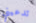
تدعيني